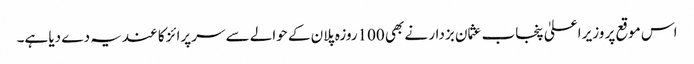
اس موقع پر وزیر اعلیٰ پنجاب عثمان بزدار نے بھی 100روزہ پلان کے حوالے سے سرپرائز کا عندیہ دے دیا ہے۔